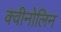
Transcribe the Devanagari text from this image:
क्वीनोलिन